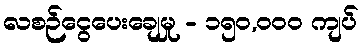
လစဉ်ငွေပေးချေမှု - ၁၅၀,၀၀၀ ကျပ်